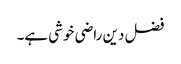
فضل دین راضی خوشی ہے۔